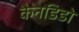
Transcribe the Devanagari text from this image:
कैनडिडो